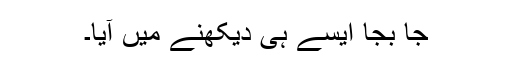
جا بجا ایسے ہی دیکھنے میں آیا۔